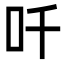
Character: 吀